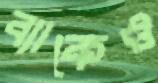
ব্যাকেও